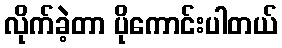
လိုက်ခဲ့တာ ပိုကောင်းပါတယ်